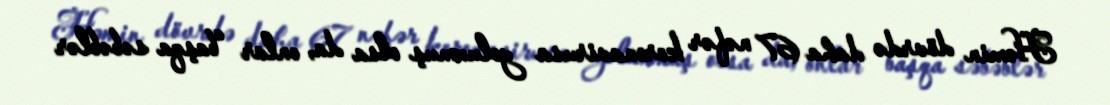
Həmin dövrdə daha 67 nəfər koronavirusa yoluxmuş olsa da, onlar “başqa səbəblər